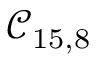
\mathcal { C } _ { 1 5 , 8 }